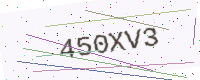
Text: 450XV3